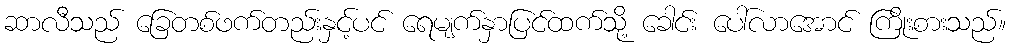
ဆာလီသည် ခြေတစ်ဖက်တည်းနှင့်ပင် ရေမျက်နှာပြင်ထက်သို့ ခေါင်း ပေါ်လာအောင် ကြိုးစားသည်။